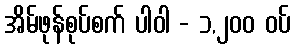
အိမ်ဖုန်စုပ်စက် ပါဝါ - ၁,၂၀၀ ဝပ်